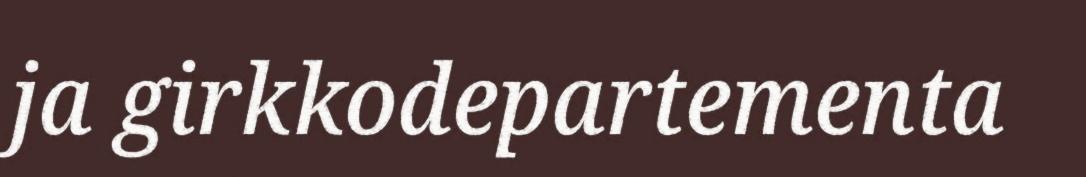
ja girkkodepartementa